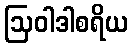
ဩဝါဒါစရိယ